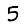
Digit: 5